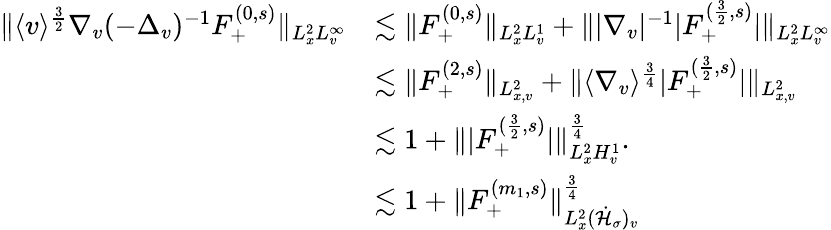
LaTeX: \begin{array}{rl}{\| \langle v\rangle^{\frac{3}{2}}\nabla_{v}(-\Delta_{v})^{-1}F_{+}^{(0,s)}\| _{L_{x}^{2}L_{v}^{\infty}}}&{\lesssim\| F_{+}^{(0,s)}\| _{L_{x}^{2}L_{v}^{1}}+\| |\nabla_{v}|^{-1}|F_{+}^{(\frac{3}{2},s)}|\| _{L_{x}^{2}L_{v}^{\infty}}}\\ &{\lesssim\| F_{+}^{(2,s)}\| _{L_{x,v}^{2}}+\| \langle\nabla_{v}\rangle^{\frac{3}{4}}|F_{+}^{(\frac{3}{2},s)}|\| _{L_{x,v}^{2}}}\\ &{\lesssim 1+\| |F_{+}^{(\frac{3}{2},s)}|\| _{L_{x}^{2}H_{v}^{1}}^{\frac{3}{4}}.}\\ &{\lesssim 1+\| F_{+}^{(m_{1},s)}\| _{L_{x}^{2}(\dot{\mathcal H}_{\sigma})_{v}}^{\frac{3}{4}}}\end{array}